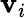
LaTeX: \textbf{v}_{i}